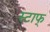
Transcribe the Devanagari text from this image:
स्टाफ्